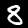
Digit: 8